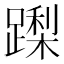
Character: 𮜏